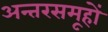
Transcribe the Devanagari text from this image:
अन्तरसमूहों